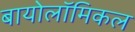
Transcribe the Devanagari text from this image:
बायोलॉमिकल